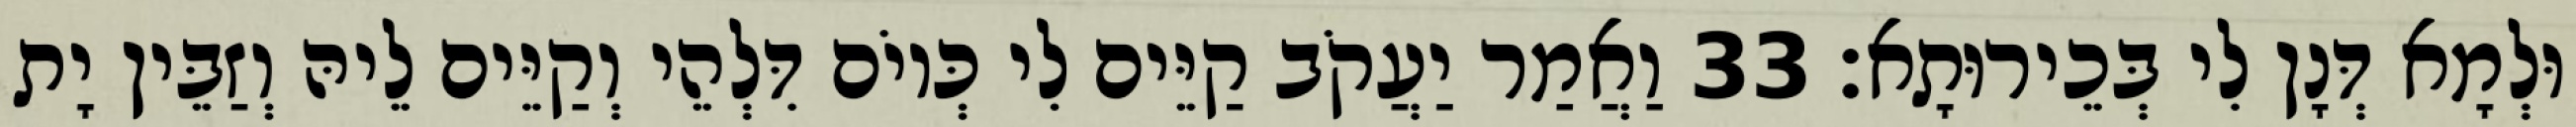
וּלְמָא דְּנָן לִי בְּכֵירוּתָא׃ 33 וַאֲמַר יַעֲקֹב קַיֵּים לִי כְּיוֹם דִּלְהֵי וְקַיֵּים לֵיהּ וְזַבֵּין יָת